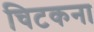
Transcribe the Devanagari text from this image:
चिटकना